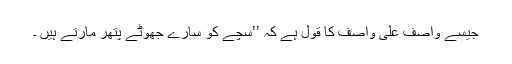
جیسے واصف علی واصف کا قول ہے کہ ’’سچے کو سارے جھوٹے پتھر مارتے ہیں ۔